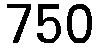
750